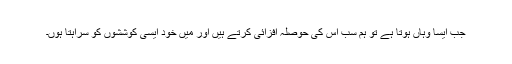
جب ایسا وہاں ہوتا ہے تو ہم سب اس کی حوصلہ افزائی کرتے ہیں اور میں خود ایسی کوششوں کو سراہتا ہوں۔